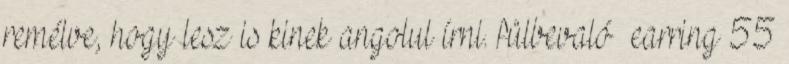
remélve, hogy lesz is kinek angolul írni. fülbevaló earring 55